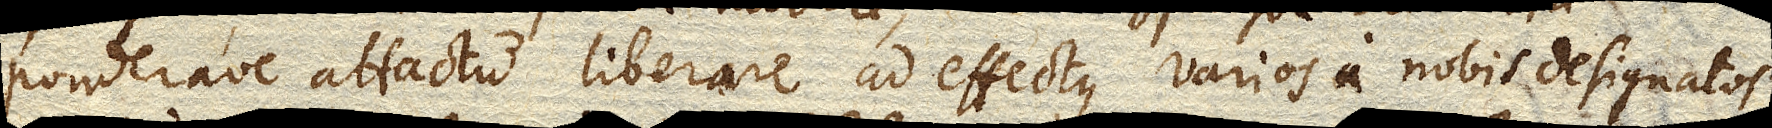
ponderave attactu liberare ad effectus varios a nobis designatos